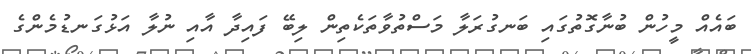
ބައެއް މީހުން ބުނާގޮތުގައި ބަނގުރަލާ މަސްތުވާތަކެތިން ލިބޭ ފައިދާ އާއި ނުލާ އަޅުގަނޑުމެންގެ